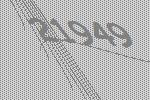
21949